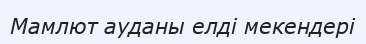
Мамлют ауданы елді мекендері